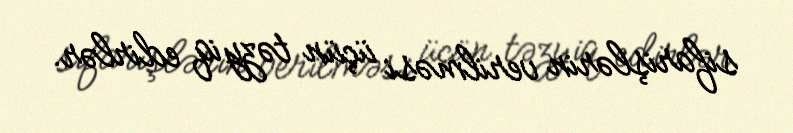
sifarişlərin verilməsi üçün təzyiq edirlər.